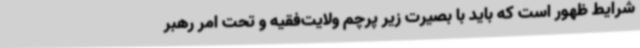
شرایط ظهور است که باید با بصیرت زیر پرچم ولایت‌فقیه و تحت امر رهبر